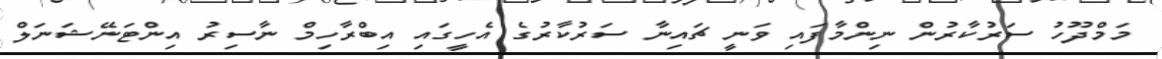
މަމްދޫހު ސަރުކާރުން ނިންމާފައި ވަނީ ޗައިނާ ސަރުކާރުގެ އެހީގައި އިބްރާހިމް ނާސިރު އިންޓަނޭޝަނަލް